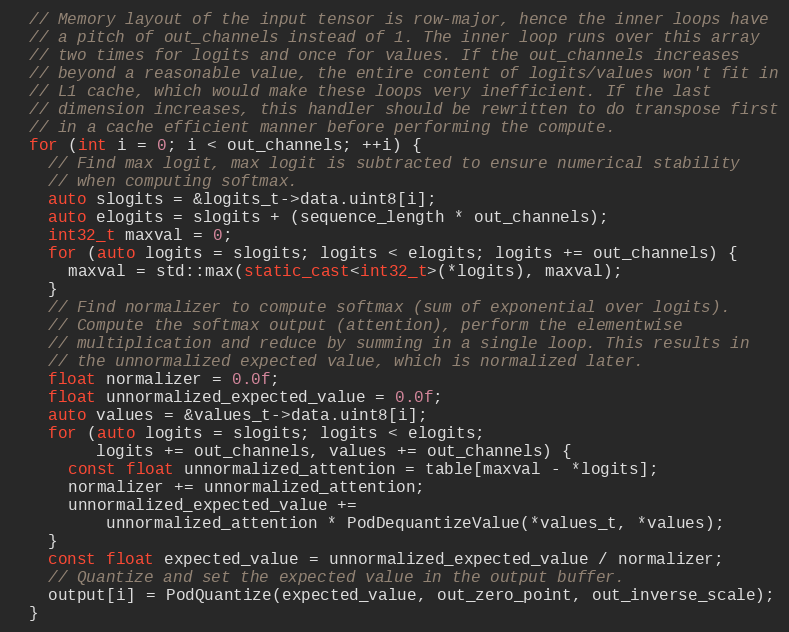
Language: C++
  // Memory layout of the input tensor is row-major, hence the inner loops have
  // a pitch of out_channels instead of 1. The inner loop runs over this array
  // two times for logits and once for values. If the out_channels increases
  // beyond a reasonable value, the entire content of logits/values won't fit in
  // L1 cache, which would make these loops very inefficient. If the last
  // dimension increases, this handler should be rewritten to do transpose first
  // in a cache efficient manner before performing the compute.
  for (int i = 0; i < out_channels; ++i) {
    // Find max logit, max logit is subtracted to ensure numerical stability
    // when computing softmax.
    auto slogits = &logits_t->data.uint8[i];
    auto elogits = slogits + (sequence_length * out_channels);
    int32_t maxval = 0;
    for (auto logits = slogits; logits < elogits; logits += out_channels) {
      maxval = std::max(static_cast<int32_t>(*logits), maxval);
    }
    // Find normalizer to compute softmax (sum of exponential over logits).
    // Compute the softmax output (attention), perform the elementwise
    // multiplication and reduce by summing in a single loop. This results in
    // the unnormalized expected value, which is normalized later.
    float normalizer = 0.0f;
    float unnormalized_expected_value = 0.0f;
    auto values = &values_t->data.uint8[i];
    for (auto logits = slogits; logits < elogits;
         logits += out_channels, values += out_channels) {
      const float unnormalized_attention = table[maxval - *logits];
      normalizer += unnormalized_attention;
      unnormalized_expected_value +=
          unnormalized_attention * PodDequantizeValue(*values_t, *values);
    }
    const float expected_value = unnormalized_expected_value / normalizer;
    // Quantize and set the expected value in the output buffer.
    output[i] = PodQuantize(expected_value, out_zero_point, out_inverse_scale);
  }